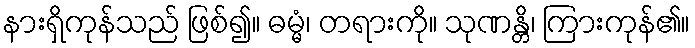
နားရှိကုန်သည် ဖြစ်၍။ ဓမ္မံ၊ တရားကို။ သုဏန္တိ၊ ကြားကုန်၏။